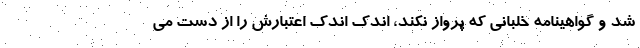
شد و گواهینامه خلبانی که پرواز نکند، اندک اندک اعتبارش را از دست می